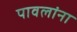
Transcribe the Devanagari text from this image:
पावलांना